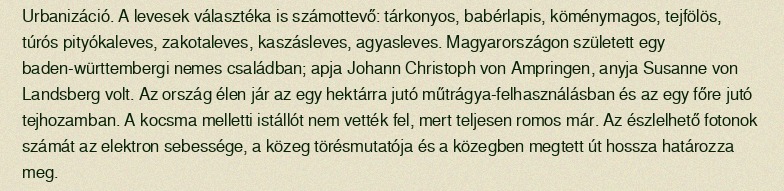
Urbanizáció. A levesek választéka is számottevő: tárkonyos, babérlapis, köménymagos, tejfölös, túrós pityókaleves, zakotaleves, kaszásleves, agyasleves. Magyarországon született egy baden-württembergi nemes családban; apja Johann Christoph von Ampringen, anyja Susanne von Landsberg volt. Az ország élen jár az egy hektárra jutó műtrágya-felhasználásban és az egy főre jutó tejhozamban. A kocsma melletti istállót nem vették fel, mert teljesen romos már. Az észlelhető fotonok számát az elektron sebessége, a közeg törésmutatója és a közegben megtett út hossza határozza meg.